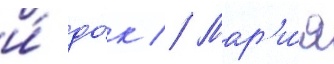
и́ до́к // Мар'и́я